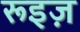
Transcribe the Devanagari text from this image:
रूइज़